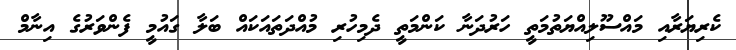
ކެރިޔަރާއި މައްސޫލިއްޔަތުމަތީ ހަރުދަނާ ކަންމަތީ ދެމިހުރި މުއްދަތައަކައް ބަލާ ގައުމީ ފެންވަރުގެ އިނާމް